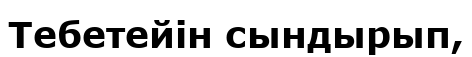
Тебетейін сындырып,